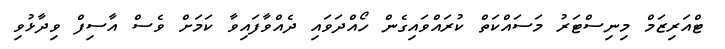
ޓްއަރިޒަމް މިނިސްޓަރު މަަސައްކަތް ކުރައްވައިގެން ހޯއްދަވައި ދެއްވާފައިވާ ކަމަށް ވެސް އާސިފް ވިދާޅުވި